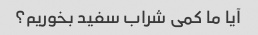
آیا ما کمی شراب سفید بخوریم؟